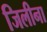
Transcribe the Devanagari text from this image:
जिलीना